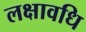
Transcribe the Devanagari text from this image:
लक्षावधि